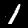
Label: 1